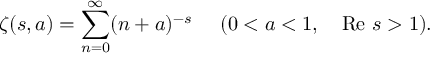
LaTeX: \zeta ( s , a ) = \sum _ { n = 0 } ^ { \infty } ( n + a ) ^ { - s } ~ ~ ~ ~ ( 0 < a < 1 , ~ ~ ~ \mathrm { R e } ~ s > 1 ) .